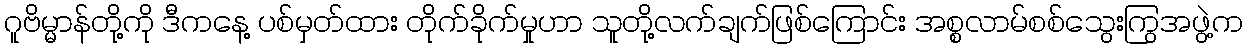
ဂူဗိမ္မာန်တို့ကို ဒီကနေ့ ပစ်မှတ်ထား တိုက်ခိုက်မှုဟာ သူတို့လက်ချက်ဖြစ်ကြောင်း အစ္စလာမ်စစ်သွေးကြွအဖွဲ့က